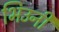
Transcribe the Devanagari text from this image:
भिउनी